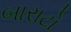
બારાટો